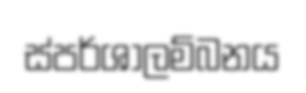
ස්පර්ශාලම්බනය